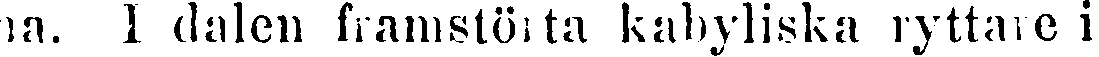
na. I dalen framstörta kabyliska ryttare i